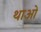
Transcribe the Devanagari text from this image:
थाओ